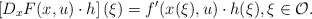
\begin{align*}\left[D_xF(x,u)\cdot h\right](\xi) = f'(x(\xi),u)\cdot h(\xi), \xi \in \mathcal{O}.\end{align*}